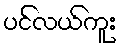
ပင်လယ်ကူး